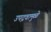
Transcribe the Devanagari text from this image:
उपद्रवामुळे